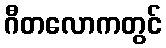
ဂီတလောကတွင်